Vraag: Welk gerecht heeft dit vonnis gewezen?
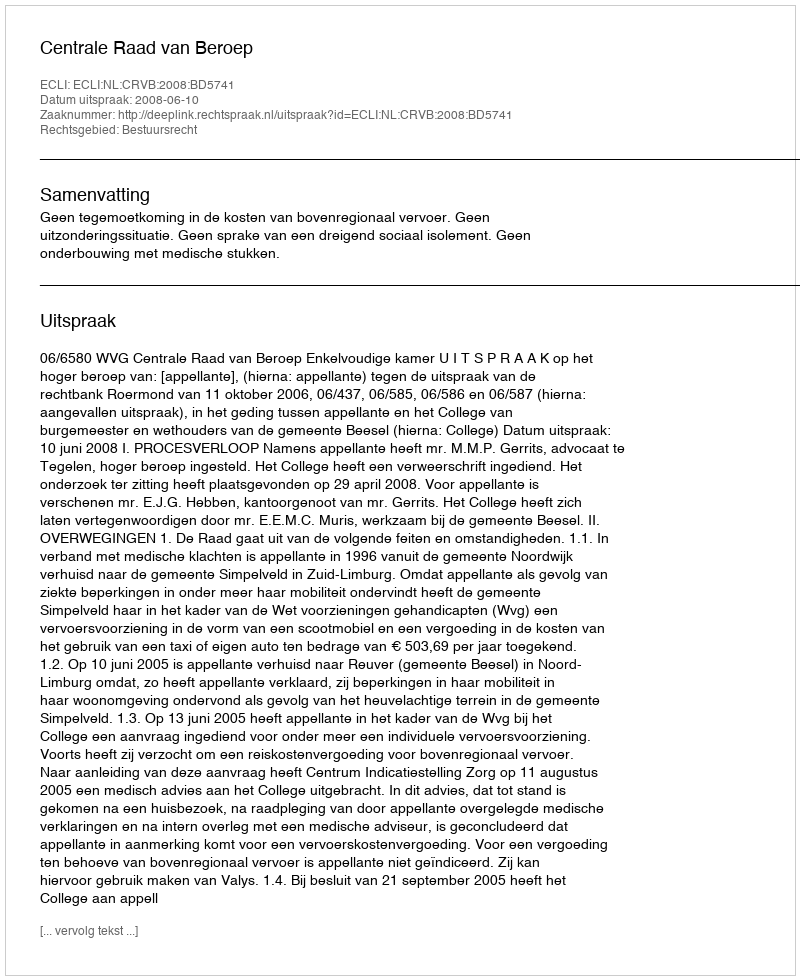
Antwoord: Centrale Raad van Beroep